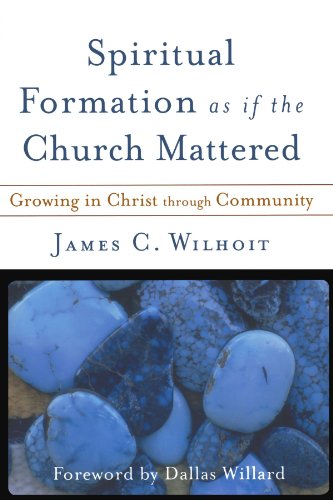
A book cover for Spiritual Formation as if the Church Mattered: Growing in Christ through Community; James C. Wilhoit; Christian Books & Bibles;